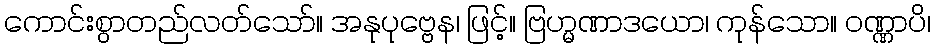
ကောင်းစွာတည်လတ်သော်။ အနုပုဗ္ဗေန၊ ဖြင့်။ ဗြဟ္မဏာဒယော၊ ကုန်သော။ ဝဏ္ဏာပိ၊